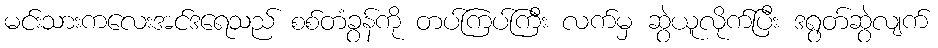
မင်းသားကလေးအင်ဒရေသည် စစ်တံခွန်ကို တပ်ကြပ်ကြီး လက်မှ ဆွဲယူလိုက်ပြီး ဒရွတ်ဆွဲလျက်